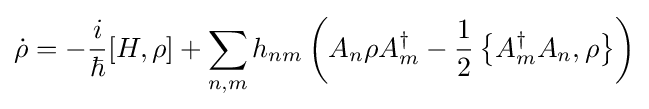
{\dot {\rho }}=-{i \over \hbar }[H,\rho ]+\sum _{n,m}h_{nm}\left(A_{n}\rho A_{m}^{\dagger }-{\frac {1}{2}}\left\{A_{m}^{\dagger }A_{n},\rho \right\}\right)